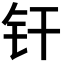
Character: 𬬧